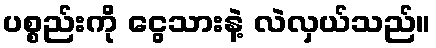
ပစ္စည်းကို ငွေသားနဲ့ လဲလှယ်သည်။